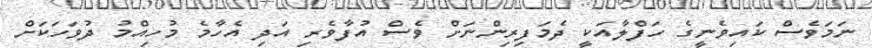
ނަމަވެސް ކައިވެނީގެ ހަފްލާއަކީ ދެމަފިރިންނަށް ވެސް އުފާވެރި އަދި އެހާމެ މުހިއްމު ދުވަހަކަށް